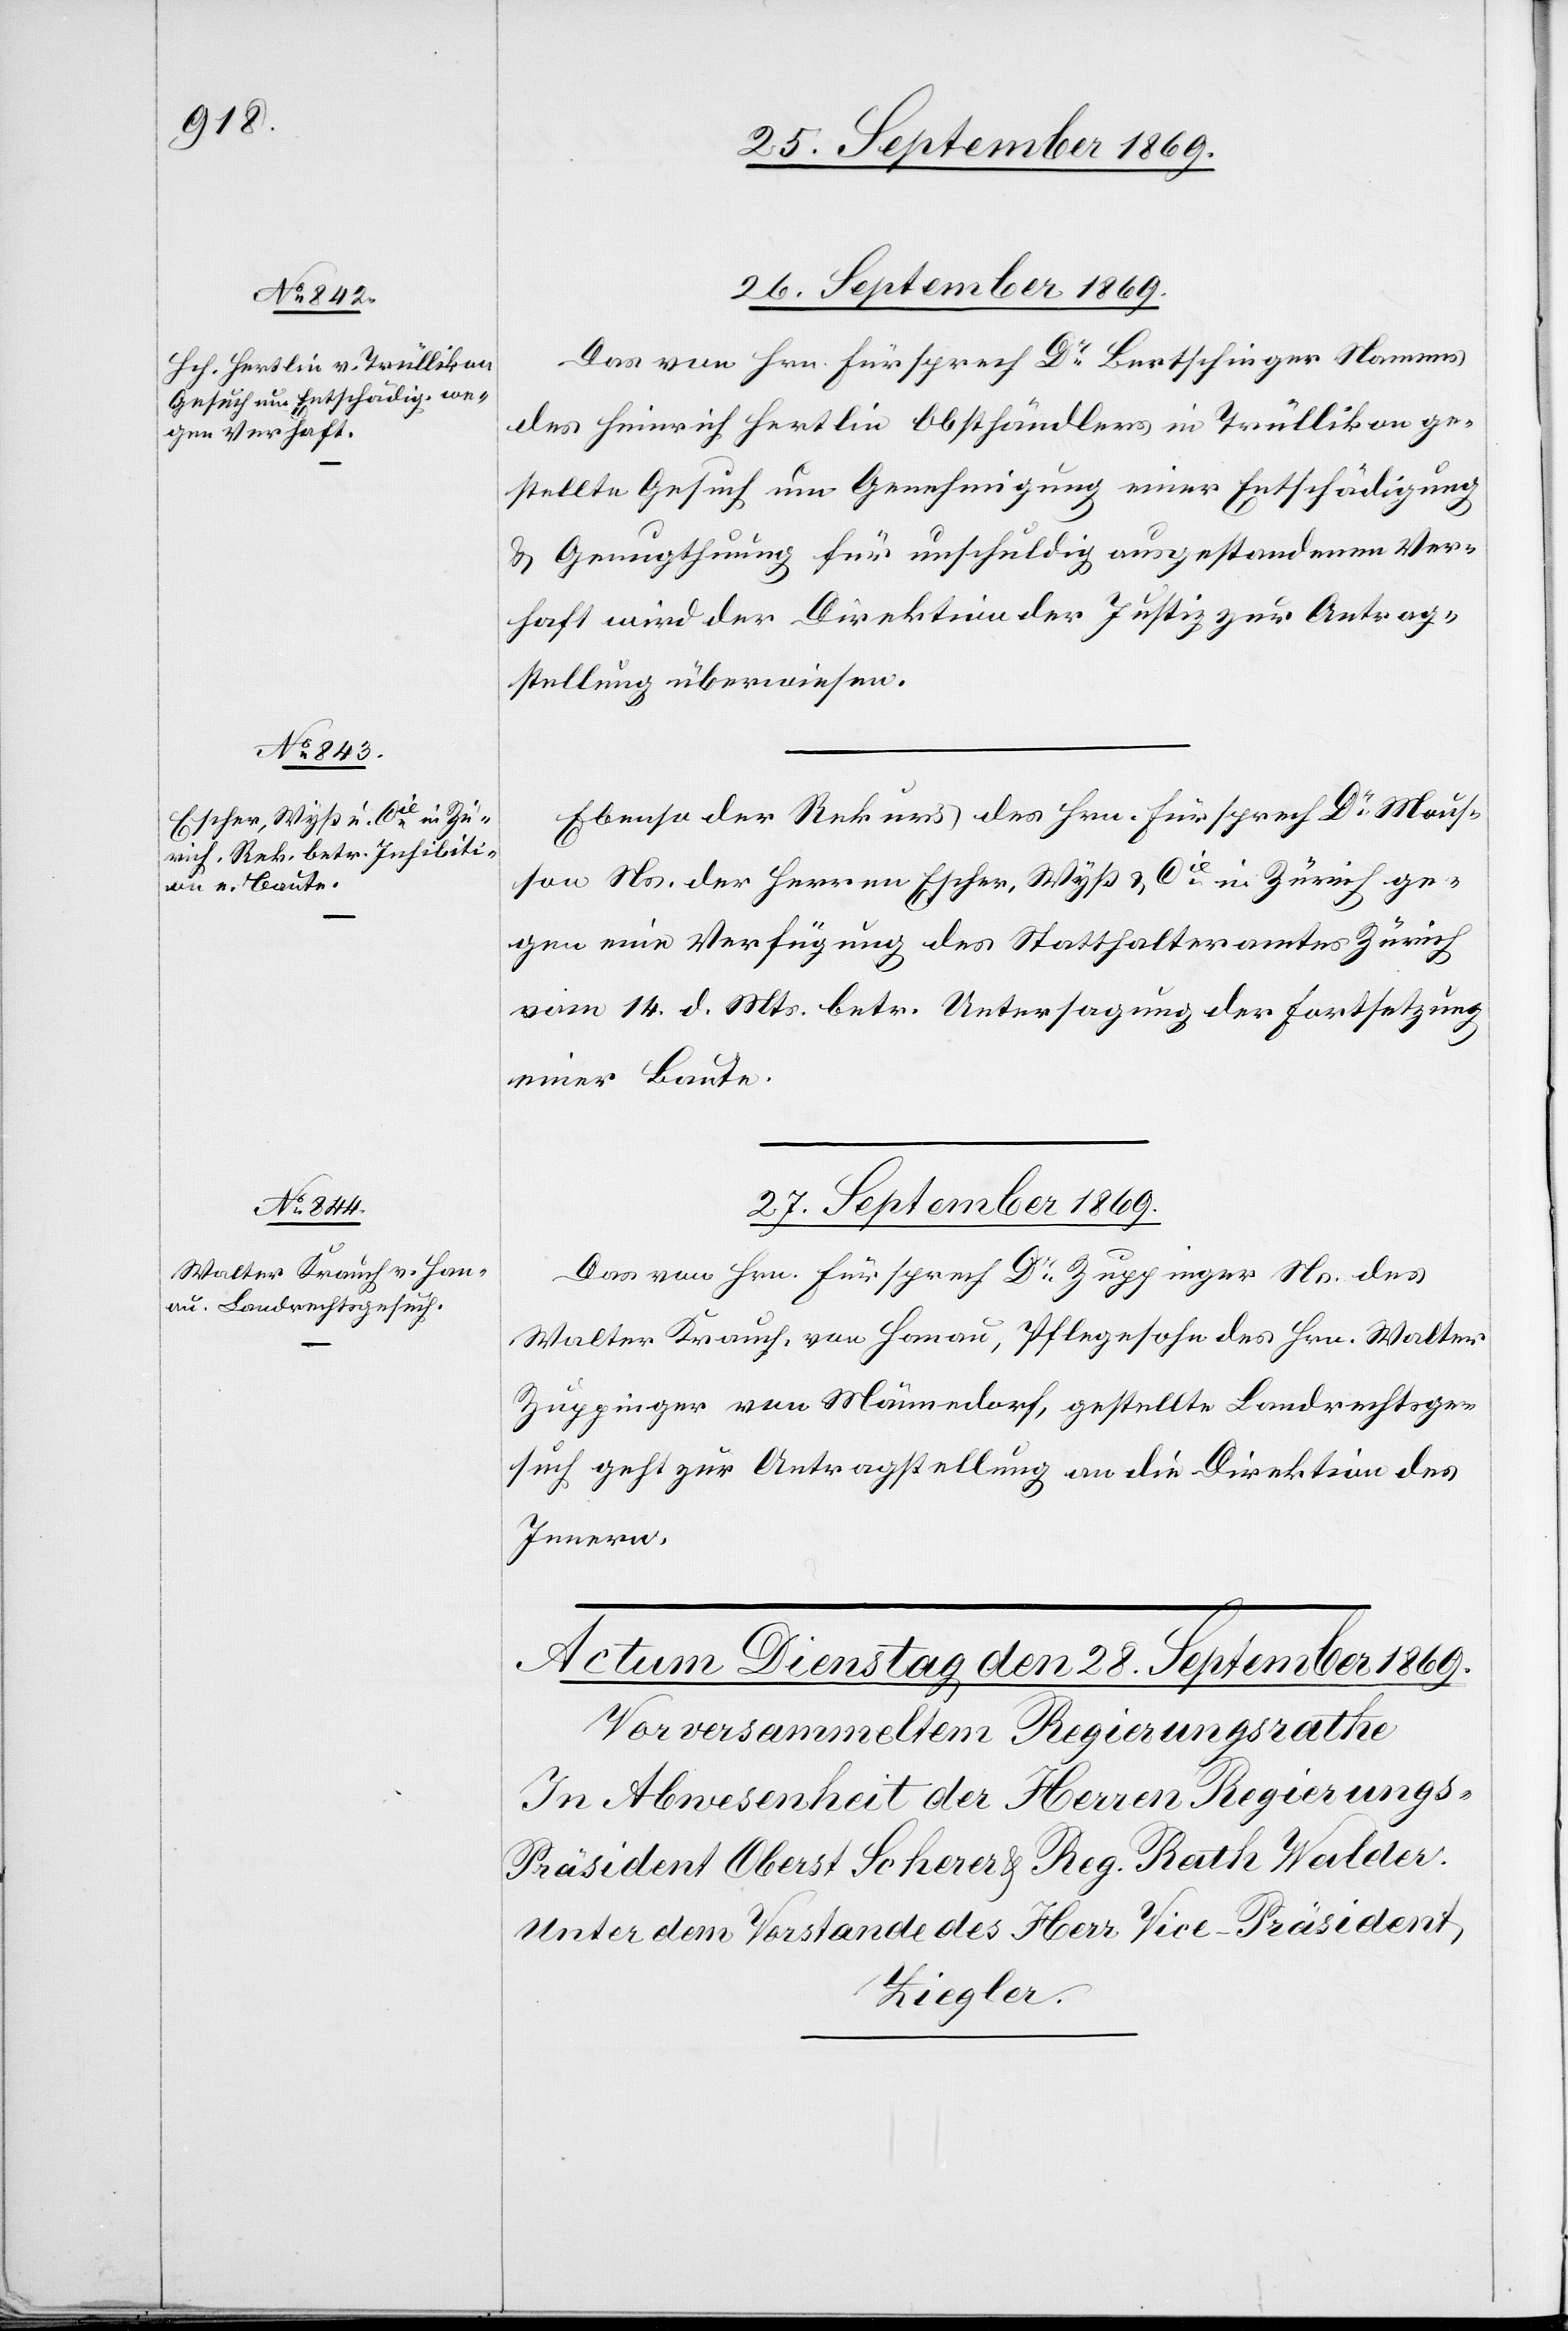
26. September 1869.]
26. September 1869.
Das von Hrn. Fürsprech Dr Bertschinger Namens
des Heinrich Hertlin Obsthändlers in Trüllikon ge¬
stellte Gesuch um Genehmigung einer Entschädigung
& Genugthuung für unschuldig ausgestandenen Ver¬
haft wird der Direktion der Justiz zur Antrag¬
stellung überwiesen.
Ebenso der Rekurs des Hrn. Fürsprech Dr Mous¬
son Ns. der Herren Escher, Wyß & Cie in Zürich ge¬
gen eine Verfügung des Statthalteramtes Zürich
vom 14. d. Mts. betr. Untersagung der Fortsetzung
einer Baute.
27. September 1869.
Das von Hrn. Fürsprech Dr Zuppinger Ns. des
Walter Krauch, von Hanau, Pflegesohn des Hrn. Walter
Zuppinger von Männedorf, gestellte Landrechtsge¬
such geht zur Antragstellung an die Direktion des
Innern.